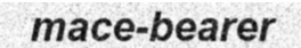
mace-bearer